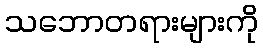
သဘောတရားများကို